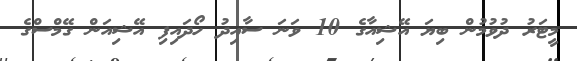
މީޓަރު ދުވުމުން ބިޔަ އޭޝިއާގެ 10 ވަނަ ސާއިދު ހޯދައިފި އޭޝިއަން ގޭމްސްގެ